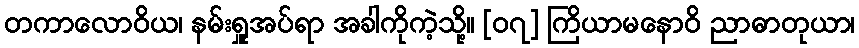
တကာလောဝိယ၊ နမ်းရှူအပ်ရာ အခါကိုကဲ့သို့။ [၀၇] ကြိယာမနောဝိ ညာဓာတုယာ၊